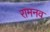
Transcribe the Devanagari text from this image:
रामनव